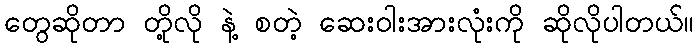
တွေဆိုတာ တို့လို နဲ့ စတဲ့ ဆေးဝါးအားလုံးကို ဆိုလိုပါတယ်။